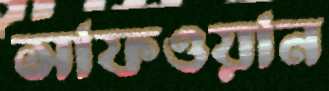
সাফওয়ান